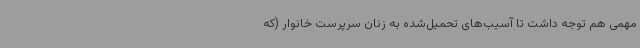
مهمی هم توجه داشت تا آسیب‌های تحمیل‌شده به زنان سرپرست خانوار (که